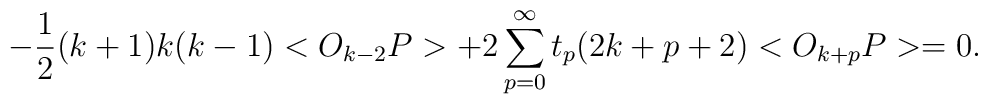
-\frac{1}{2} (k+1)k(k-1) <O_{k-2} P> +2\sum_{p=0} ^{\infty} t_{p} (2k+p+2)<O_{k+p}P>=0.